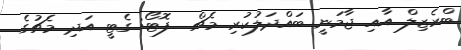
ބްރެޒިލް އާއި ޖާމަނީ ބައްދަލުކުރި މެޗް  ފޮޓޯ: ގެޓީ އަދި މެޗުގެ